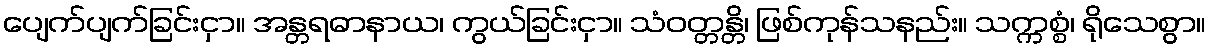
ပျေက်ပျက်ခြင်းငှာ။ အန္တရဓာနာယ၊ ကွယ်ခြင်းငှာ။ သံဝတ္တန္တိ၊ ဖြစ်ကုန်သနည်း။ သက္ကစ္စံ၊ ရိုသေစွာ။